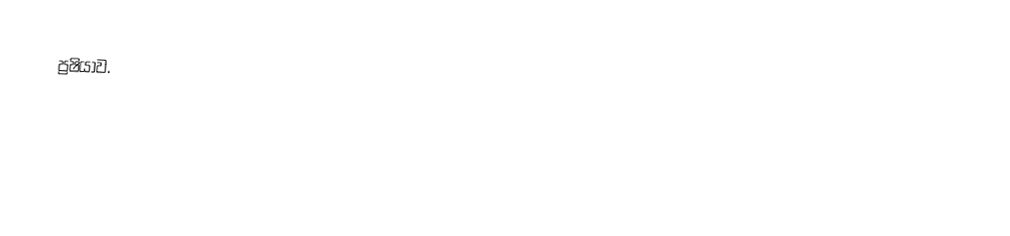
ප්‍රෂියාව.